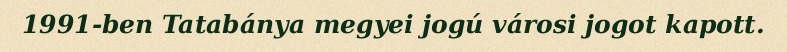
1991-ben Tatabánya megyei jogú városi jogot kapott.